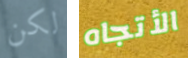
لكن الأتجاه